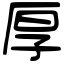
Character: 厚